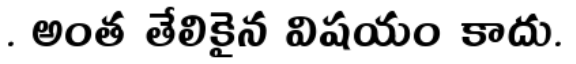
. అంత తేలికైన విషయం కాదు.